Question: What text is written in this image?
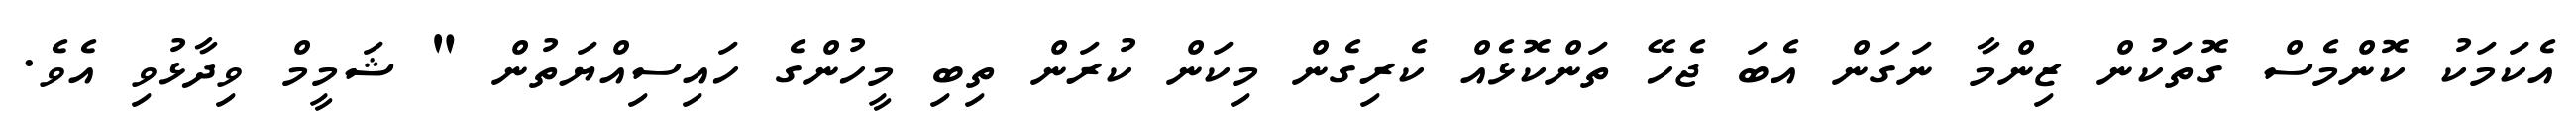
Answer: އެކަމަކު ކޮންމެސް ގޮތަކުން ޒިންމާ ނަގަން އެބަ ޖެހޭ ތަންކޮޅެއް ކެރިގެން މިކަން ކުރަން ތިބި މީހުންގެ ހައިސިއްޔަތުން " ޝަމީމް ވިދާޅުވި އެވެ.